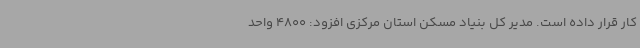
کار قرار داده است. مدیر کل بنیاد مسکن استان مرکزی افزود: 4800 واحد